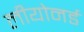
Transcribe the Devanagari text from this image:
लीयोनर्ड